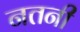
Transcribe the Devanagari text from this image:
नतनी